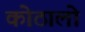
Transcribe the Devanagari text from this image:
कोठालो